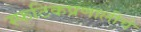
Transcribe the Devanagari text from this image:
स्फटिकप्रणालीचे